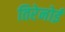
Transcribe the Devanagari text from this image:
तिरेनोई